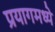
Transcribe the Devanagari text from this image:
प्रयागमध्ये